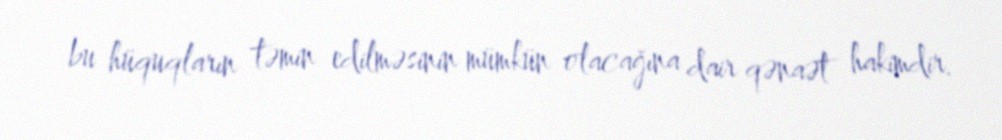
bu hüquqların təmin edilməsinin mümkün olacağına dair qənaət hakimdir.